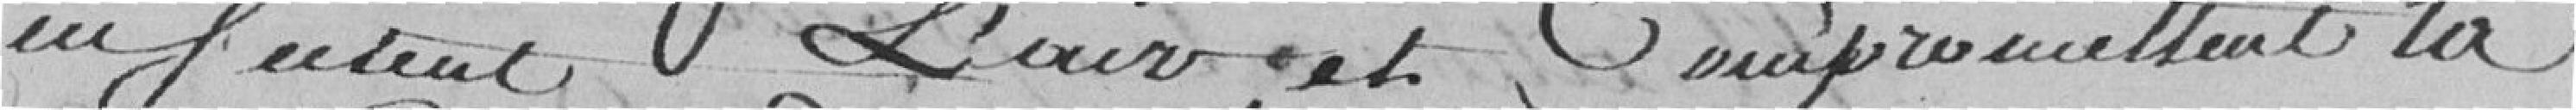
infectent l'air et compromettent la